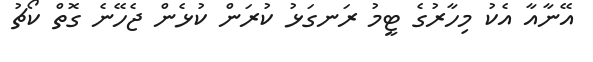
އޭނާއާ އެކު މިހާރުގެ ޓީމު ރަނގަޅު ކުރަން ކުޅެން ޖެހޭނެ ގޮތް ކޯޗު